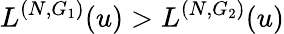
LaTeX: L^{(N,G_{1})}(u)>L^{(N,G_{2})}(u)